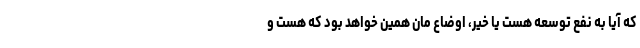
که آیا به نفع توسعه هست یا خیر، اوضاع مان همین خواهد بود که هست و